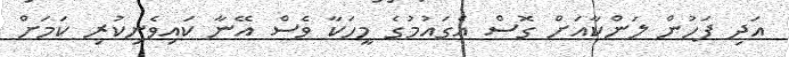
އަދި ފަހުން ލަންކާއަށް ގޮސް އެގައުމުގެ މީހަކާ ވެސް އޭނާ ކައިވެނިކުރި ކަމަށް